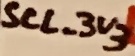
Text: SCL_3V3